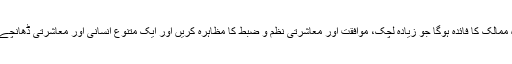
اس تبدیلی میں وہ ممالک کا فائدہ ہوگا جو زیادہ لچک، موافقت اور معاشرتی نظم و ضبط کا مظاہرہ کریں اور ایک متنوع انسانی اور معاشرتی ڈھانچے کی بنیاد رکھیں۔